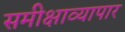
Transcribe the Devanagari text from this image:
समीक्षाव्यापार